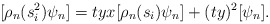
\begin{align*}[\rho_n(s_i^2)\psi_n] = tyx [\rho_n(s_i)\psi_n] + (ty)^2[\psi_n] .\end{align*}